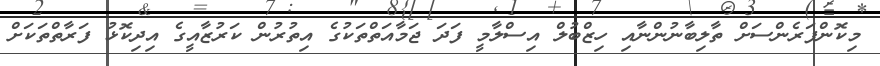
މިކޮންފަރެންސަށް ތާލިބާނުންނާއި ހިޒްބުލް އިސްލާމީ ފަދަ ޖަމާއަތްތަކުގެ އިތުރުން ކަރުޒާއީގެ އިދިކޮޅު ފަރާތްތަކަށް